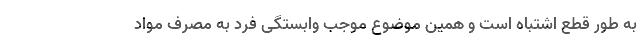
به‌ طور قطع اشتباه است و همین موضوع موجب وابستگی فرد به مصرف مواد